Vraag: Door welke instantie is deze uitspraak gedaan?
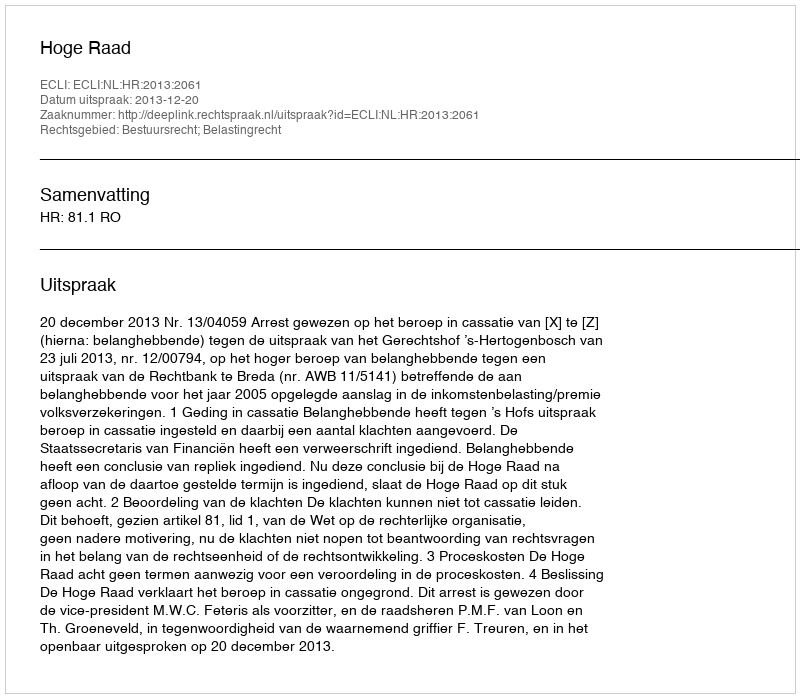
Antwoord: Hoge Raad